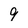
Character: 9